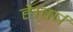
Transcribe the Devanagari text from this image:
है।वर्ष